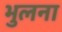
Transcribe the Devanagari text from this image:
भुलना